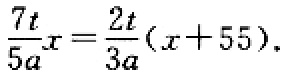
$\frac{7t}{5a}x = \frac{2t}{3a}(x + 55)$